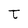
Character: t